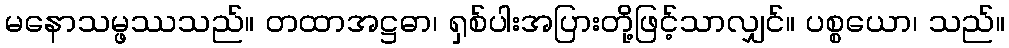
မနောသမ္ဖဿသည်။ တထာအဋ္ဌဓာ၊ ရှစ်ပါးအပြားတို့ဖြင့်သာလျှင်။ ပစ္စယော၊ သည်။